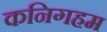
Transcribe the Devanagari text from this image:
कनिगहम